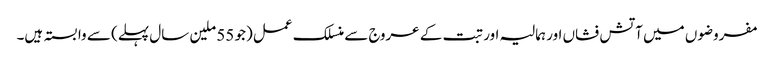
مفروضوں میں آتش فشاں اور ہمالیہ اور تبت کے عروج سے منسلک عمل (جو 55 ملین سال پہلے) سے وابستہ ہیں۔